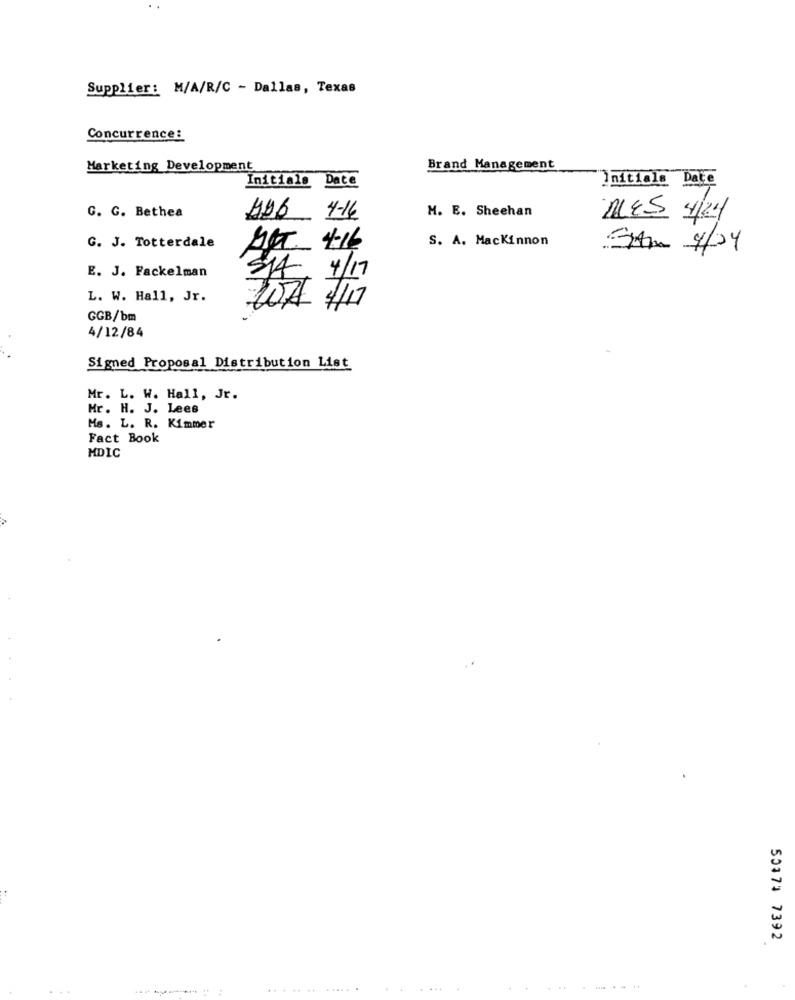
Supplier: M/A/R/C - Dallas, Texas
Concurrence:
Marketing Development
Brand Management
Initials Date
initiale Date
M. E. Sheehan
G. G. Bethea
HUB 4-16
MES 4/24
S. A. Mackinnon
G. J. Totterdale
MIT. 4.16
SAM 4/04
E. J. Fackelman
S/A
4/17
L. W. Hall, Jr.
107 /7
GGB/bm
4/12/84
Signed Proposal Distribution List
Mr. L. W. Hall, Jr.
Mr. H. J. Lees
Ms. L. R. Kimmer
Fact Book
MDIC
50173 7392
... .. .. ......
.. ...